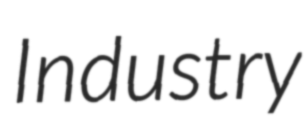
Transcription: Industry